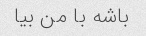
باشه با من بیا